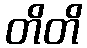
တိတိ